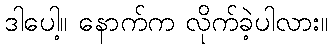
ဒါပေါ့။ နောက်က လိုက်ခဲ့ပါလား။